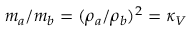
m _ { a } / m _ { b } = ( \rho _ { a } / \rho _ { b } ) ^ { 2 } = \kappa _ { V }